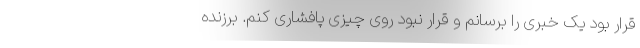
قرار بود یک خبری را برسانم و قرار نبود روی چیزی پافشاری کنم. برزنده